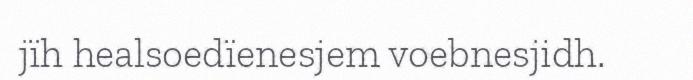
jïh healsoedïenesjem voebnesjidh.